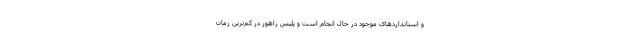
و استانداردهای موجود در حال انجام است و پلیس راهور در کم‌ترین زمان